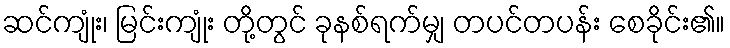
ဆင်ကျုံး၊ မြင်းကျုံး တို့တွင် ခုနစ်ရက်မျှ တပင်တပန်း စေခိုင်း၏။